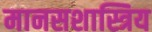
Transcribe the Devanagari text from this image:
मानसशास्त्रिय